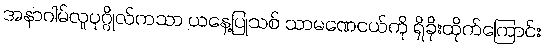
အနာဂါမ်လူပုဂ္ဂိုလ်ကသာ ယနေ့ပြုသစ် သာမဏေငယ်ကို ရှိခိုးထိုက်ကြောင်း